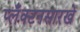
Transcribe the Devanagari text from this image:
प्लँक्टनसारखे